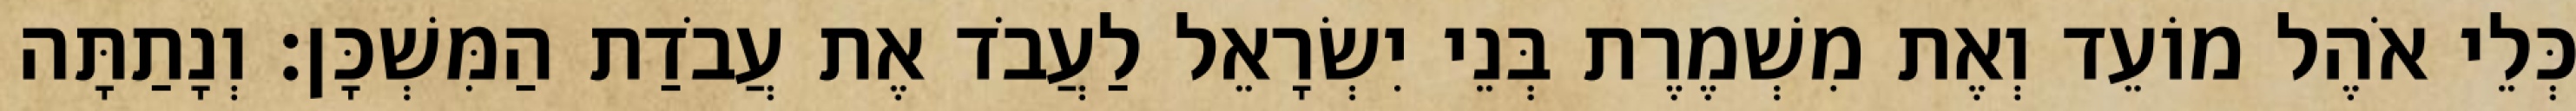
כְּלֵי אֹהֶל מוֹעֵד וְאֶת מִשְׁמֶרֶת בְּנֵי יִשְׂרָאֵל לַעֲבֹד אֶת עֲבֹדַת הַמִּשְׁכָּן׃ וְנָתַתָּה